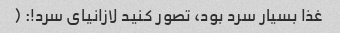
غذا بسیار سرد بود، تصور کنید لازانیای سرد!: (